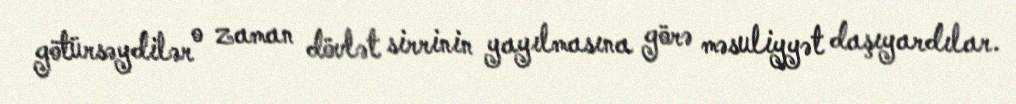
götürsəydilər o zaman dövlət sirrinin yayılmasına görə məsuliyyət daşıyardılar.